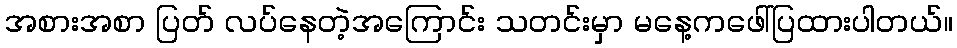
အစားအစာ ပြတ် လပ်နေတဲ့အကြောင်း သတင်းမှာ မနေ့ကဖေါ်ပြထားပါတယ်။